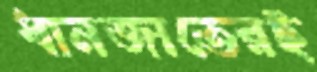
ধানজাতেরই